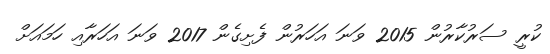
ކުރީ ސަރުކާރުން 2015 ވަނަ އަހަރުން ފެށިގެން 2017 ވަނަ އަހަރާއި ހަމައަށް